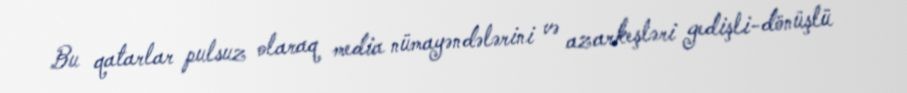
Bu qatarlar pulsuz olaraq media nümayəndələrini və azarkeşləri gedişli-dönüşlü